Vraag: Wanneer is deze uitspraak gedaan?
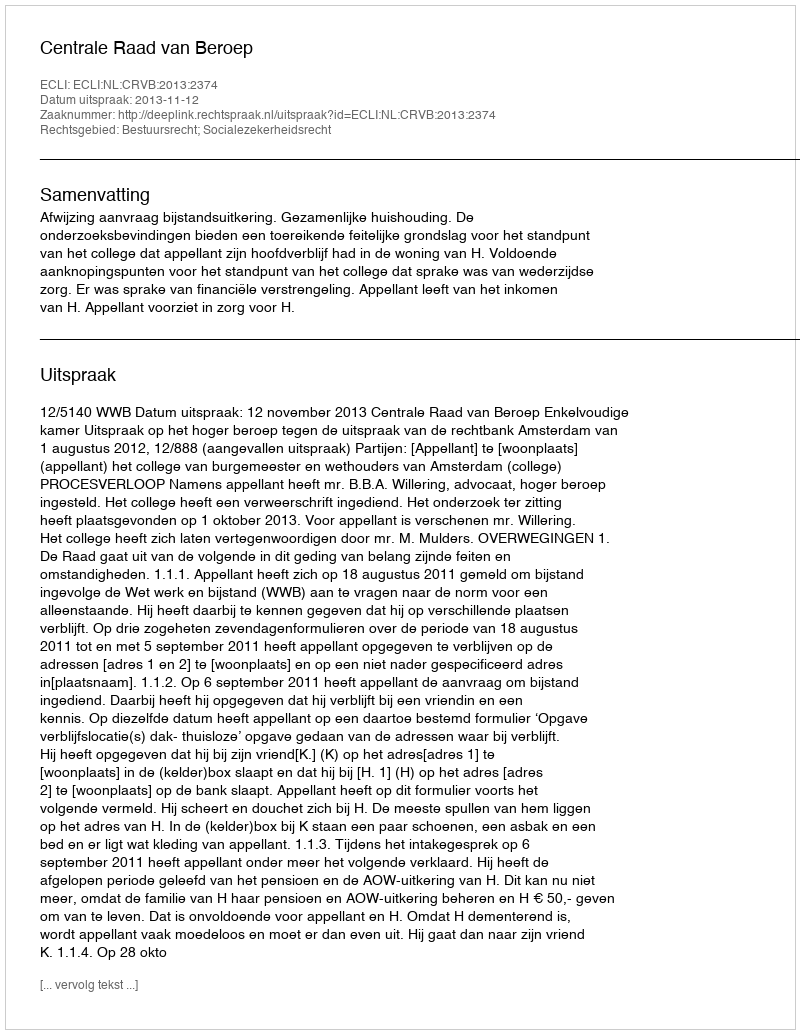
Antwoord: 2013-11-12